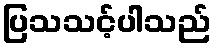
ပြသသင့်ပါသည်